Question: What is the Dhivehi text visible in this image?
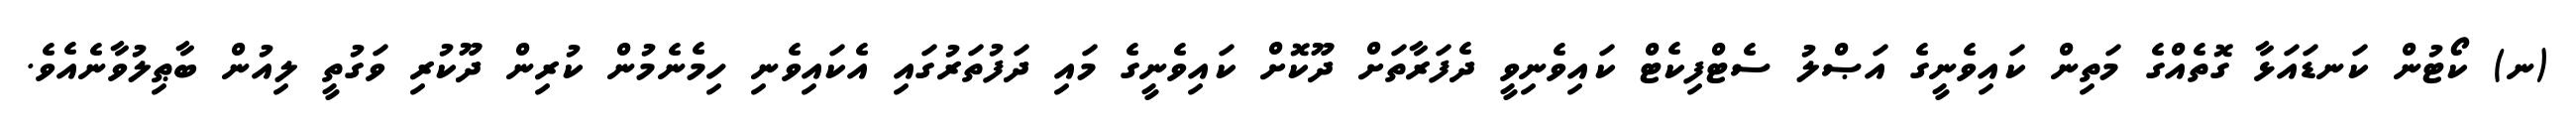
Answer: (ނ) ކޯޓުން ކަނޑައަޅާ ގޮތެއްގެ މަތިން ކައިވެނީގެ އަޞްލު ސެޓްފިކެޓް ކައިވެނިވީ ދެފަރާތަށް ދޫކޮށް ކައިވެނީގެ މައި ދަފުތަރުގައި އެކައިވެނި ހިމެނެމުން ކުރިން ދޫކުރި ވަގުތީ ލިއުން ބާޠިލުވާނެއެވެ.